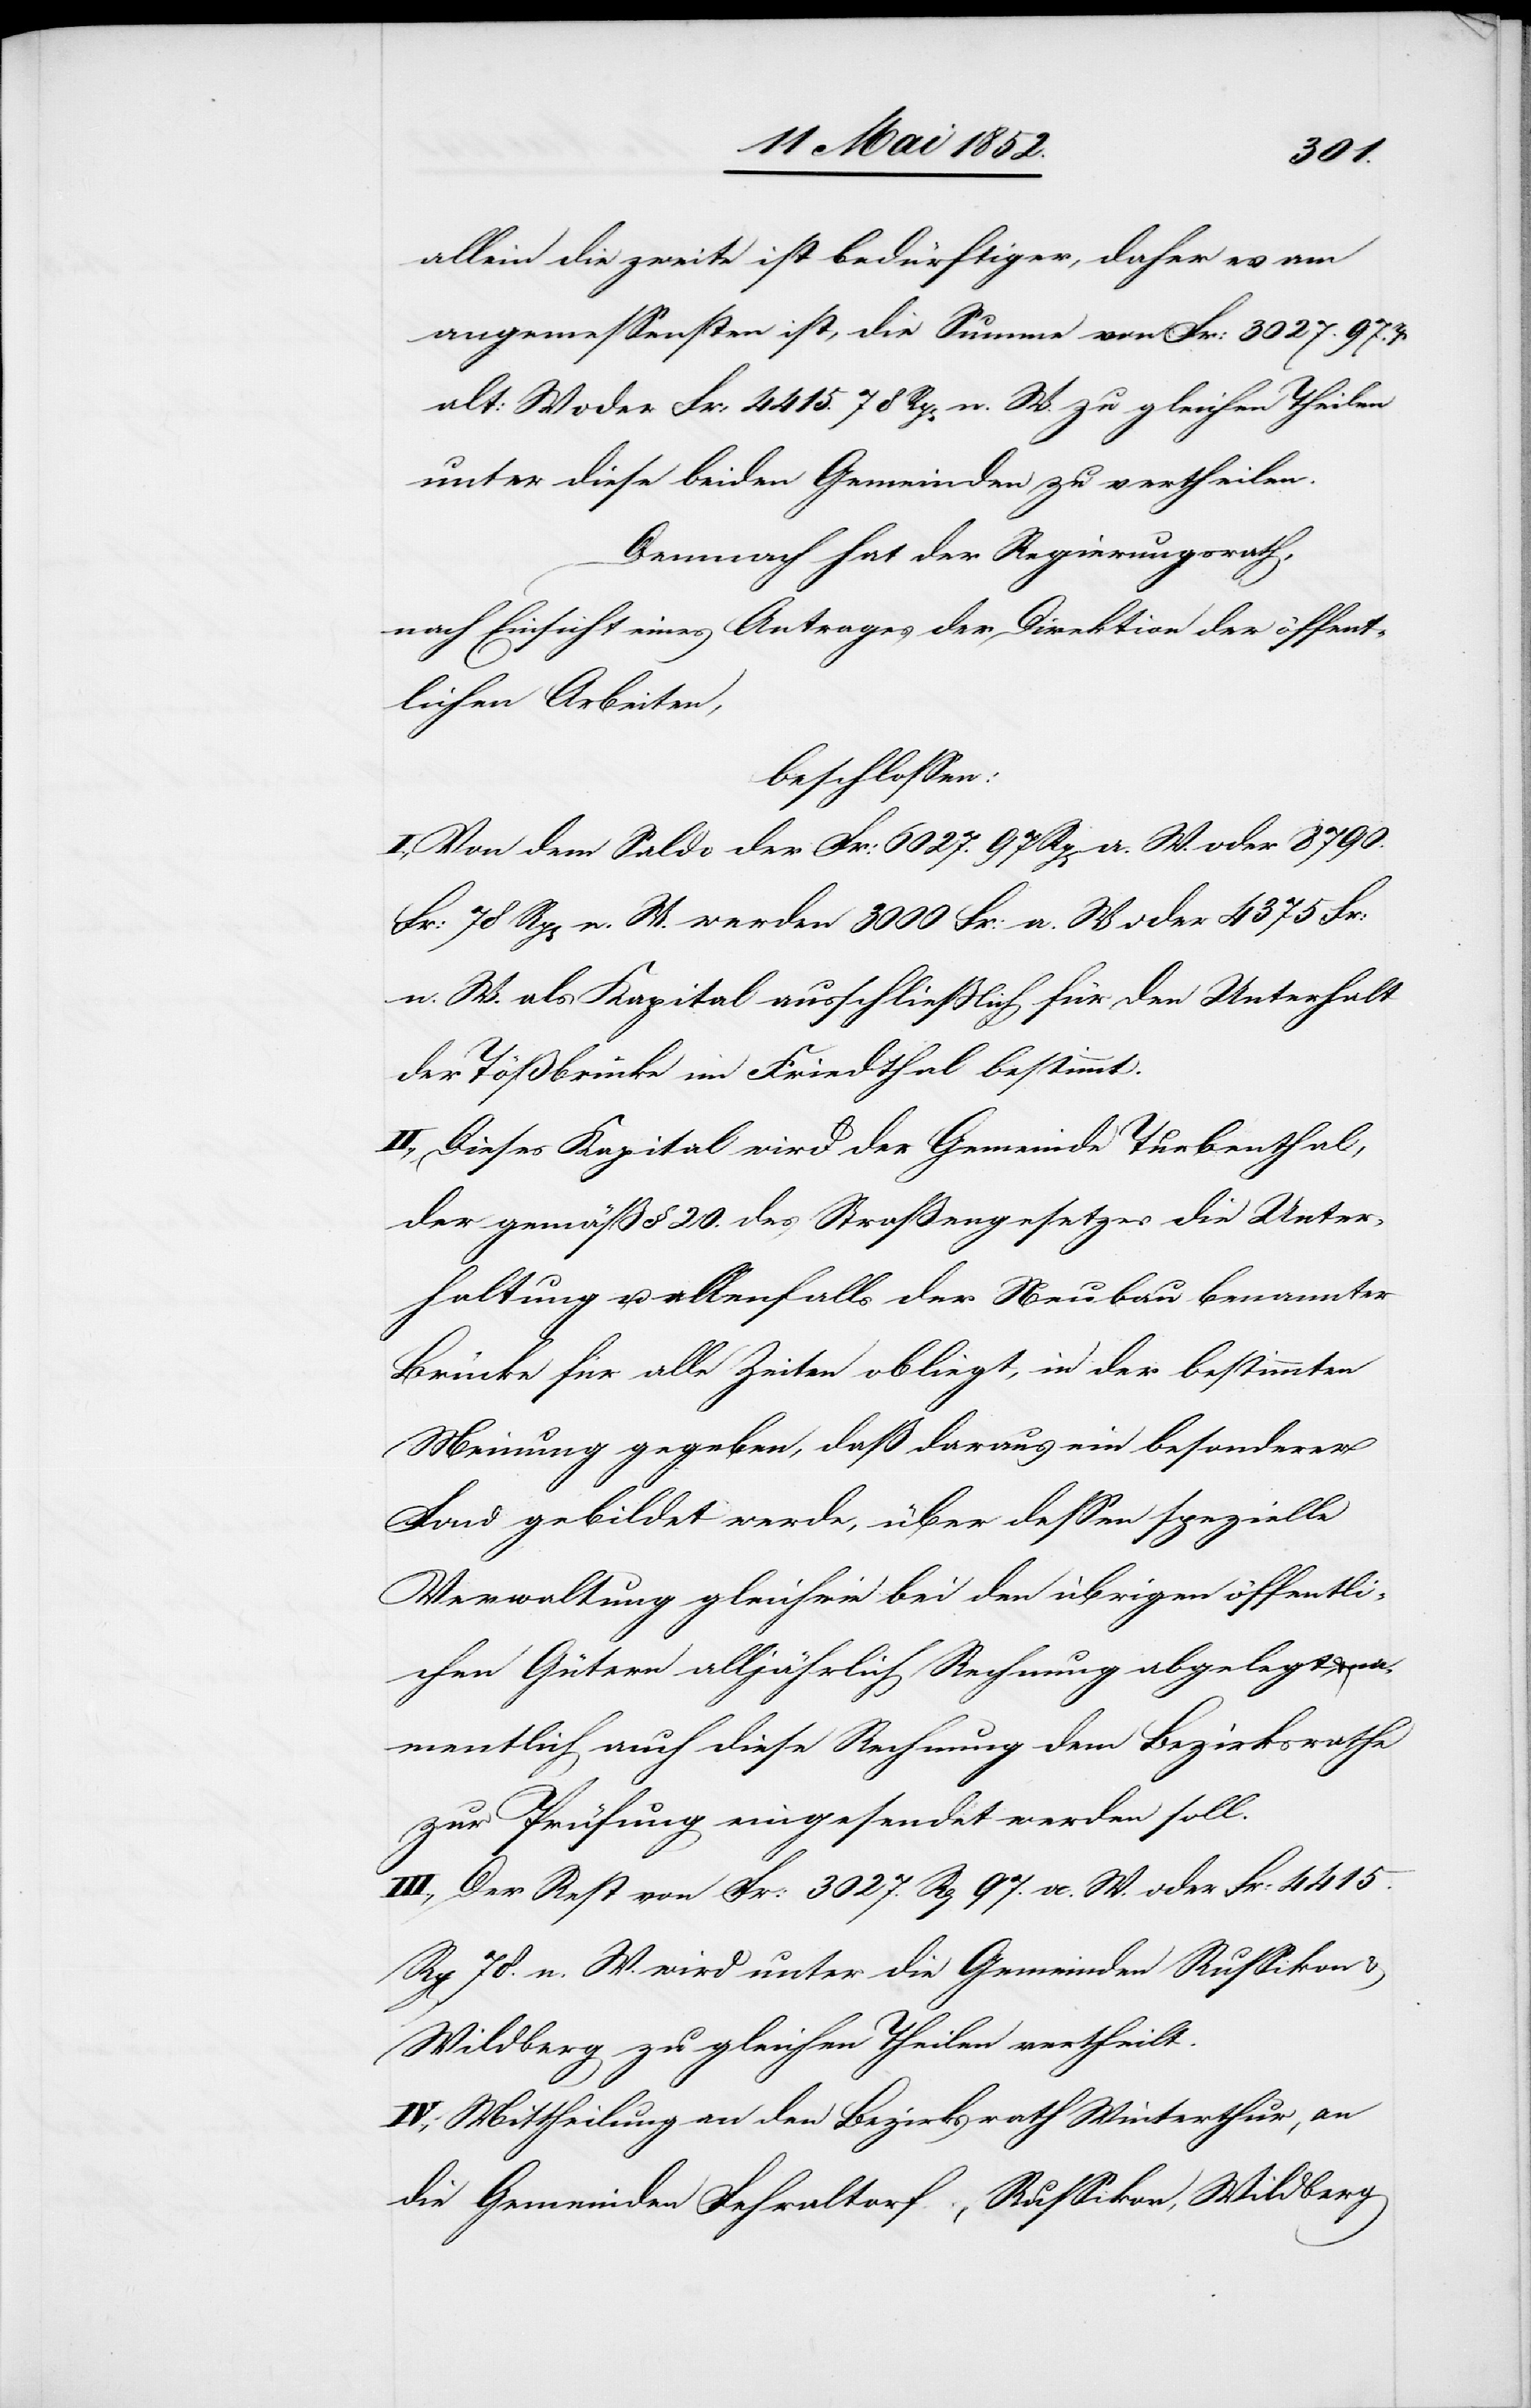
allein die zweite ist bedürftiger, daher es am
angemessensten ist, die Summe von Fr: 3027. 97rp.
alt: W oder Fr: 4415. 78 Rp[en] n. W. zu gleichen Theilen
unter diese beiden Gemeinden zu vertheilen.
Demnach hat der Regierungsrath,
nach Einsicht eines Antrages der Direktion der öffent¬
lichen Arbeiten,
beschlossen:
I., Von dem Saldo der Fr: 6027. 97 Rp[en] a. W. oder 8790.
Fr: 78 Rp[en] n. W. werden 3000 Fr: a. W oder 4375 Fr:
n. W. als Kapital ausschliesslich für den Unterhalt
der Tößbrücke im Friedthal bestimmt.
II., Dieses Kapital wird der Gemeinde Turbenthal,
der gemäss § 20. des Strassengesetzes die Unter¬
haltung u. allenfalls der Neubau benannter
Brücke für alle Zeiten obliegt, in der bestimmten
Meinung gegeben, daß daraus ein besonderer
Fond gebildet werde, über dessen spezielle
Verwaltung gleichwie bei den übrigen öffentli¬
chen Gütern alljährlich Rechnung abgelegt, & na¬
mentlich auch diese Rechnung dem Bezirksrathe
zur Prüfung eingesendet werden soll.
III., Der Rest von Fr: 3027. Rp 97. a. W. oder Fr: 4415.
Rp[en] 78. n. W. wird unter die Gemeinden Russikon &
Wildberg zu gleichen Theilen vertheilt.
IV., Mittheilung an den Bezirksrath Winterthur, an
die Gemeinden Fehraltorf, Russikon, Wildberg